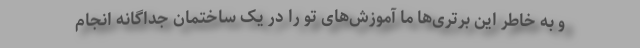
و به خاطر این برتری‌ها ما آموزش‌های تو را در یک ساختمان جداگانه انجام